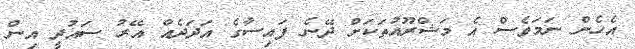
އެހެން ނަމަވެސް އެ މަޝްރޫއުތަކަށް ދޭނެ ފައިސާގެ އަދަދެއް އޭރު ސައުދީ އިން